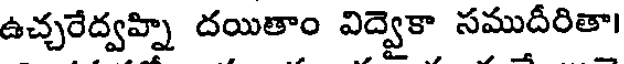
ఉచ్చరేద్వహ్ని దయితాం విద్వెకా సముదీరితా।